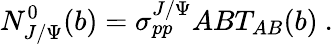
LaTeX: N_{J/\Psi}^{0}(b)=\sigma_{pp}^{J/\Psi}ABT_{AB}(b)\ .